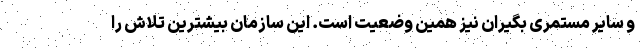
و سایر مستمری بگیران نیز همین وضعیت است. این سازمان بیشترین تلاش را